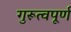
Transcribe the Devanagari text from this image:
गुरूत्वपूर्ण